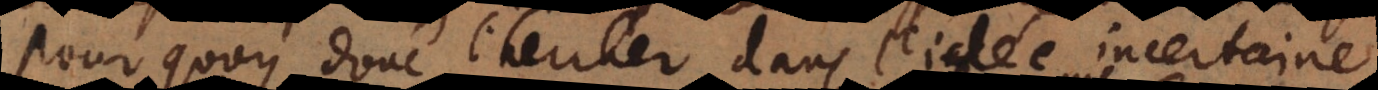
Pourquoy donc chercher dans l’idée incertaine